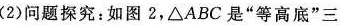
(2)问题探究：如图2，△ABC是”等高底”三